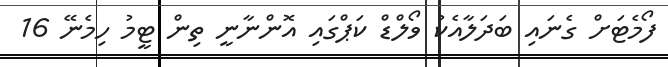
ފޯމެޓަށް ގެނައި ބަދަލާއެކު ވޯލްޑް ކަޕްގައި އޮންނާނީ ތިން ޓީމު ހިމެނޭ 16